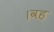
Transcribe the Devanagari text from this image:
।वह